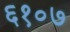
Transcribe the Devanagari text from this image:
६१०७